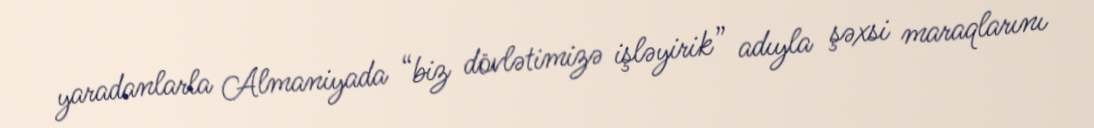
yaradanlarla Almaniyada “biz dövlətimizə işləyirik” adıyla şəxsi maraqlarını